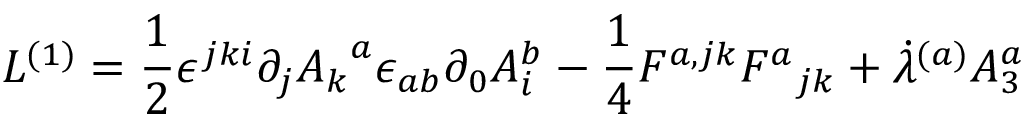
{ \cal L } ^ { ( 1 ) } = { \frac { 1 } { 2 } } { \epsilon ^ { j k i } \partial _ { j } { A _ { k } } ^ { a } } { \epsilon _ { a b } \partial _ { 0 } { A _ { i } ^ { b } } } - { \frac { 1 } { 4 } } { F ^ { a , j k } } { { F ^ { a } } _ { j k } } + { \dot { \lambda } ^ { ( a ) } } { A _ { 3 } ^ { a } }